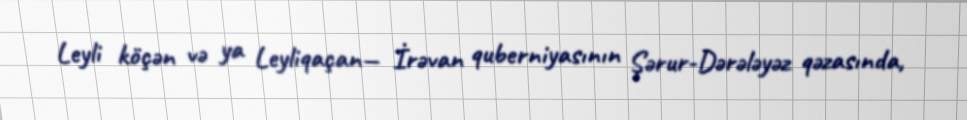
Leyli köçən və ya Leyliqaçan— İrəvan quberniyasının Şərur-Dərələyəz qəzasında,